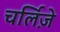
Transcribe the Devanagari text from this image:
चर्लिज़े